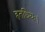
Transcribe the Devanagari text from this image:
हतधियः।